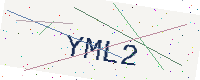
Text: YML2